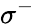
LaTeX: \sigma^{-}